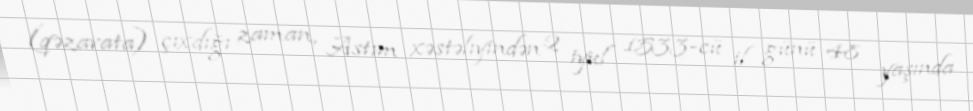
(qəzavata) çıxdığı zaman, Astım xəstəlıyindən 2 iyul 1533-cü il günü 48 yaşında